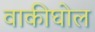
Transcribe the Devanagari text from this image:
वाकीघोल